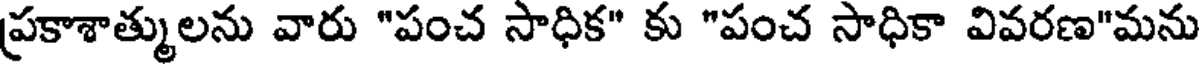
ప్రకాశాత్ములను వారు "పంచ సాధిక" కు "పంచ సాధికా వివరణ"మను